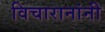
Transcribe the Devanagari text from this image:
विचारानांनी